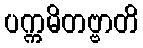
ပက္ကမိတဗ္ဗာတိ